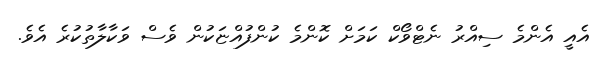
އެއީ އެންމެ ސިއްރު ނެޓްވޯކް ކަމަށް ކޮންމެ ކުންފުއްޏަކުން ވެސް ވަކާލާތުކުރެ އެވެ.